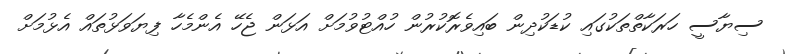
ސިޔާސީ ހަރަކާތްތަކުގައި ކުޑަކުދިން ބައިވެރޮކުރުން ހުއްޓުވުމަށް އަޅަން ޖެހޭ އެންމެހާ ފިޔަވަޅުތައް އެޅުމަށް